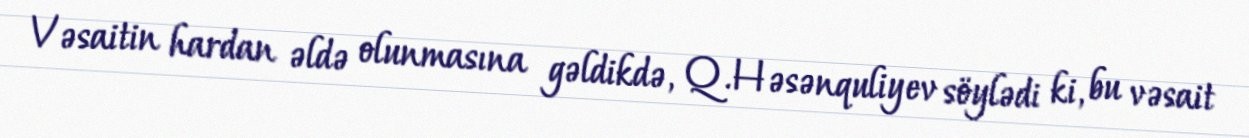
Vəsaitin hardan əldə olunmasına gəldikdə, Q.Həsənquliyev söylədi ki, bu vəsait